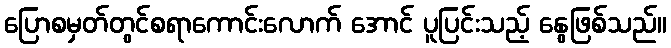
ပြောစမှတ်တွင်စရာကောင်းလောက် အောင် ပူပြင်းသည့် နွေဖြစ်သည်။